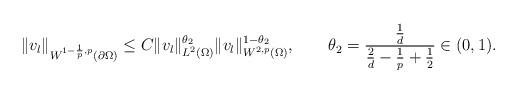
LaTeX: \begin{align*}\|v_{l}\|_{W^{1-\frac{1}{p},p}(\partial\Omega)} \le C\|v_{l}\|_{L^{2}(\Omega)}^{\theta_{2}}\|v_{l}\|_{W^{2,p}(\Omega)}^{1-\theta_{2}},\qquad\theta_{2}=\frac{\frac{1}{d}}{\frac{2}{d}-\frac{1}{p}+\frac{1}{2}}\in(0,1).\end{align*}